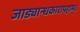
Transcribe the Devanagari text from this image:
जाड्यान्धकारापहाम्‌॥